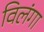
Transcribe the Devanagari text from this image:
विलंगा